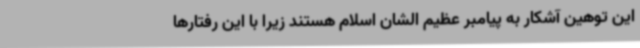
این توهین آشکار به پیامبر عظیم الشان اسلام هستند زیرا با این رفتارها